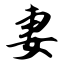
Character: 妻